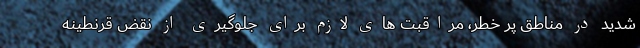
شدید در مناطق پر خطر، مراقبت های لازم برای جلوگیری از نقض قرنطینه